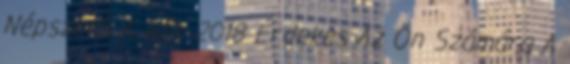
Népszerű A Nők 2018 Érdekes Az Ön Számára A